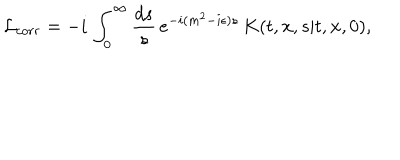
{ \cal L } _ { c o r r } = - i \, \int _ { 0 } ^ { \infty } { \frac { d s } { s } } \, e ^ { - i ( m ^ { 2 } - i \epsilon ) s } \, K ( t , { \bf x } , s \vert t , { \bf x } , 0 ) ,